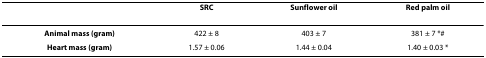
<table><thead><tr><td>[EMPTY_CELL]</td><td><b>SRC</b></td><td><b>Sunflower oil</b></td><td><b>Red palm oil</b></td></tr></thead><tbody><tr><td><b>Animal mass (gram)</b></td><td>422 ± 8</td><td>403 ± 7</td><td>381 ± 7 *#</td></tr><tr><td><b>Heart mass (gram)</b></td><td>1.57 ± 0.06</td><td>1.44 ± 0.04</td><td>1.40 ± 0.03 *</td></tr></tbody></table>